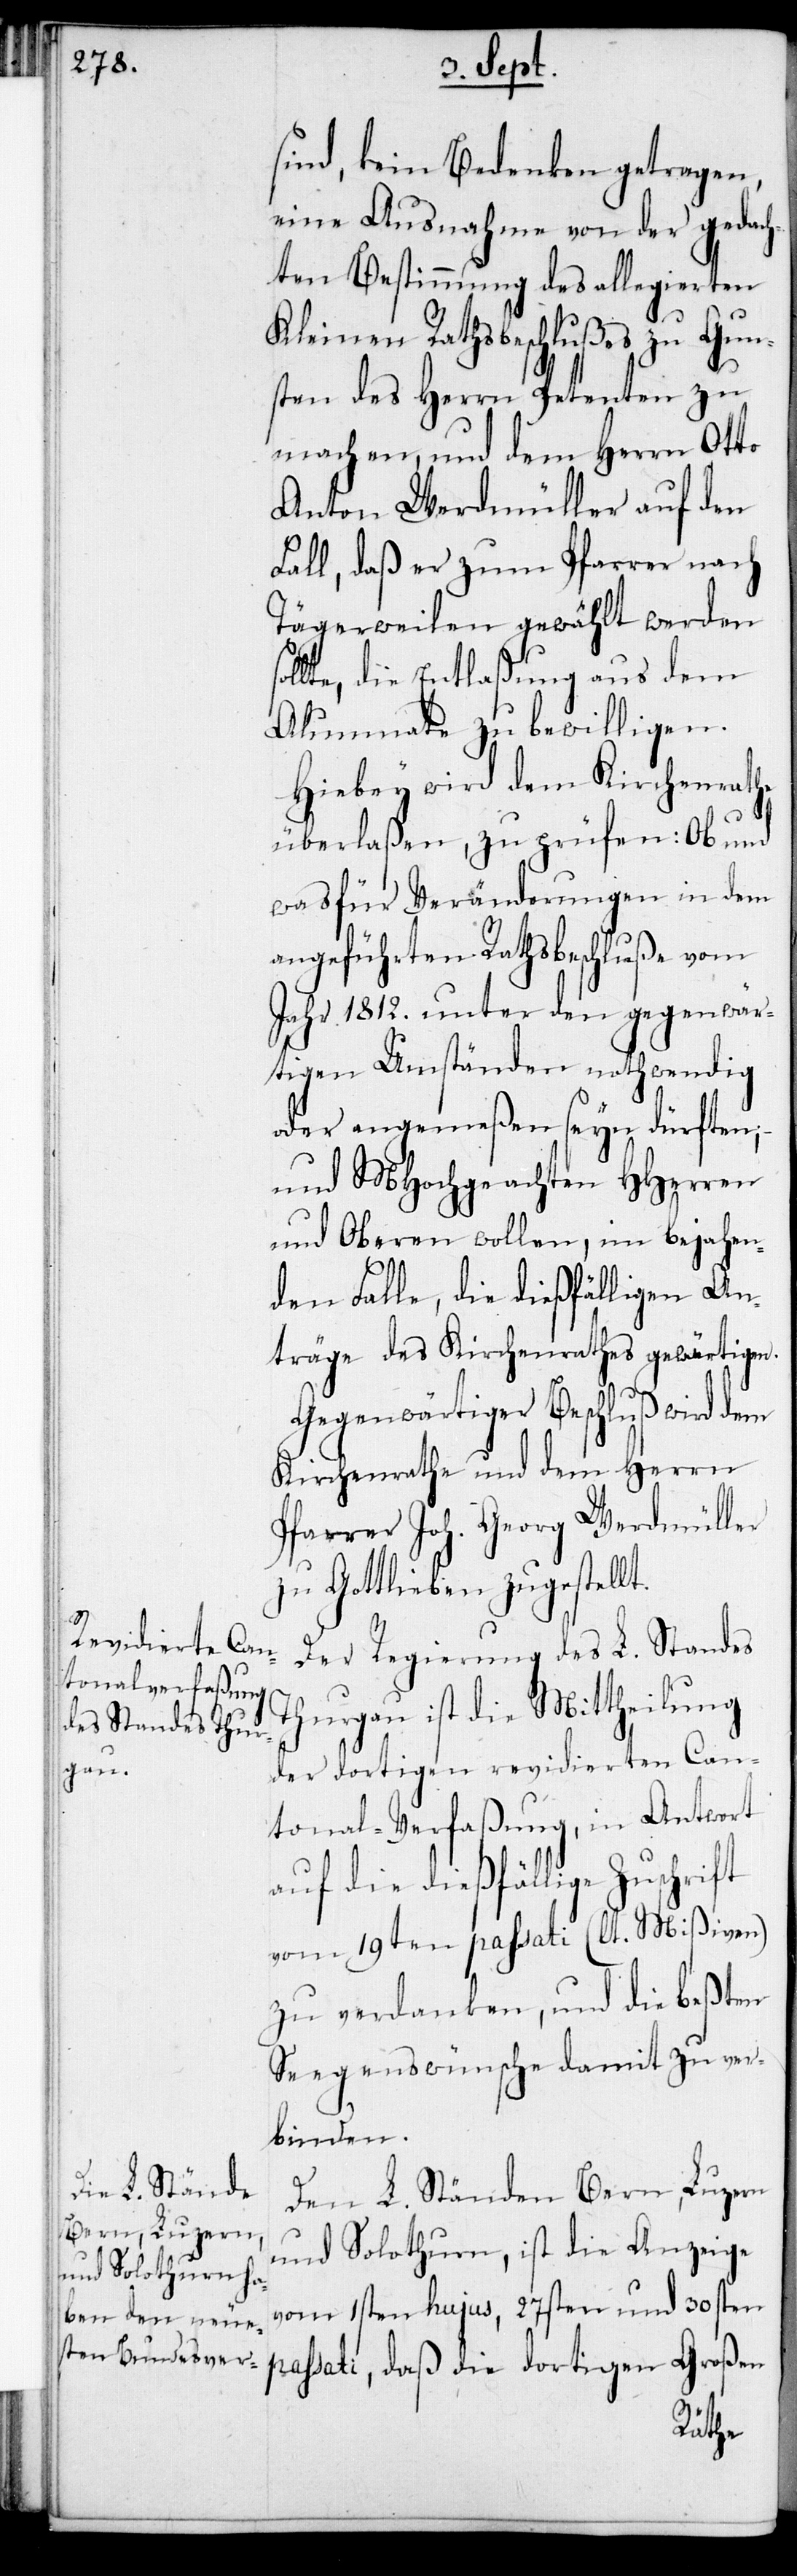
sind, keine Bedenken getragen,
eine Ausnahme von der gedach¬
ten Bestimmung des allegierten
Kleinen Rathsbeschlußes zu Gun¬
sten des Herrn Petenten zu
machen, und dem Herrn Otto
Anton Werdmüller auf den
Fall, daß er zum Pfarrer nach
Tägerweilen gewählt werden s¬
ollte, die Entlaßung aus dem
Alumnate zu bewilligen.
Hiebey wird dem Kirchenrathe
überlaßen, zu prüfen: Ob und
wasfür Veränderungen in dem
angeführten Rathsbeschluße vom
Jahr 1812. unter den gegenwär¬
tigen Umständen nothwendig
oder angemeßen seyn dürften,
und MHochgeachten HHerren
und Oberen wollen, im bejahen¬
den Falle, die dießfälligen An¬
träge des Kirchenrathes gewärtigen.
Gegenwärtiger Beschluß wird dem
Kirchenrathe und dem Herrn
Pfarrer Joh. Georg Werdmüller
zu Gottlieben zugestellt.
Der Regierung des L. Standes
Thurgau ist die Mittheilung
der dortigen revidierten Can¬
tonal-Verfaßung, in Antwort
auf die dießfällige Zuschrift
vom 19ten passati (lt. Mißiven)
zu verdanken, und die beßten
Seegenswünsche damit zu ver¬
binden.
Den L. Ständen Bern, Luzern
und Solothurn, ist die Anzeige
vom 1sten hujus, 27sten und 30sten
passati, daß die dortigen Großen